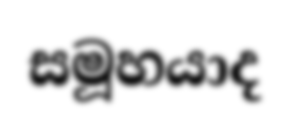
සමූහයාද